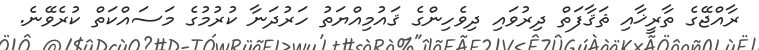
ރާއްޖޭގެ ތާރީޚާއި ޘަޤާފަތް ދިރުވައި ދިވެހިންގެ ޤައުމިއްޔަތު ހަރުދަނާ ކުރުމުގެ މަސައްކަތް ކުރެވޭނެ.